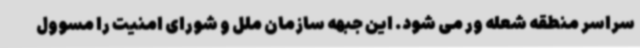
سراسر منطقه شعله ور می شود. این جبهه سازمان ملل و شورای امنیت را مسوول